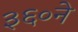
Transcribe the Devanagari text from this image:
३६०ने